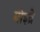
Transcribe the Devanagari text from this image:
मोइव्रे